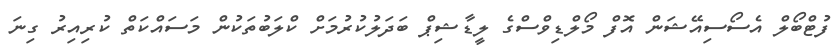
ފުޓްބޯލް އެސޯސިއޭޝަން އޮފް މޯލްޑިވްސްގެ ލީޑާޝިޕް ބަދަލުކުރުމަށް ކްލަބުތަކުން މަސައްކަތް ކުރިއިރު ގިނަ